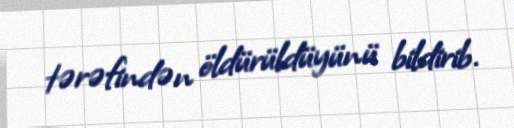
tərəfindən öldürüldüyünü bildirib.